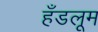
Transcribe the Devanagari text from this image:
हँडलूम